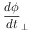
\frac { d \phi } { d t } _ { \perp }